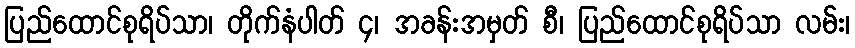
ပြည်ထောင်စုရိပ်သာ၊ တိုက်နံပါတ် ၄၊ အခန်းအမှတ် စီ၊ ပြည်ထောင်စုရိပ်သာ လမ်း၊